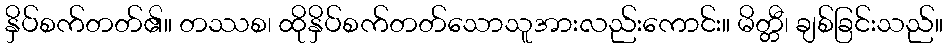
နှိပ်စက်တတ်၏။ တဿစ၊ ထိုနှိပ်စက်တတ်သောသူအားလည်းကောင်း။ မိတ္တီ၊ ချစ်ခြင်းသည်။